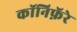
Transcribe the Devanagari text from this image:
कॉनिफ़ॅरे